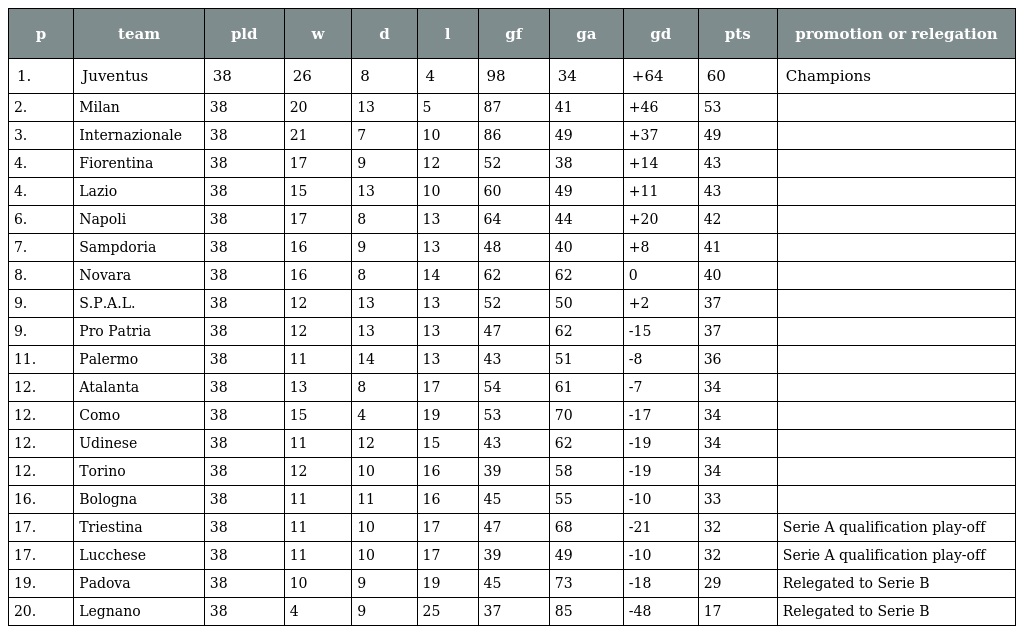
| p | team | pld | w | d | l | gf | ga | gd | pts | promotion or relegation |
 | --- | --- | --- | --- | --- | --- | --- | --- | --- | --- | --- |
 | 1. | Juventus | 38 | 26 | 8 | 4 | 98 | 34 | +64 | 60 | Champions |
 | 2. | Milan | 38 | 20 | 13 | 5 | 87 | 41 | +46 | 53 |  |
 | 3. | Internazionale | 38 | 21 | 7 | 10 | 86 | 49 | +37 | 49 |  |
 | 4. | Fiorentina | 38 | 17 | 9 | 12 | 52 | 38 | +14 | 43 |  |
 | 4. | Lazio | 38 | 15 | 13 | 10 | 60 | 49 | +11 | 43 |  |
 | 6. | Napoli | 38 | 17 | 8 | 13 | 64 | 44 | +20 | 42 |  |
 | 7. | Sampdoria | 38 | 16 | 9 | 13 | 48 | 40 | +8 | 41 |  |
 | 8. | Novara | 38 | 16 | 8 | 14 | 62 | 62 | 0 | 40 |  |
 | 9. | S.P.A.L. | 38 | 12 | 13 | 13 | 52 | 50 | +2 | 37 |  |
 | 9. | Pro Patria | 38 | 12 | 13 | 13 | 47 | 62 | -15 | 37 |  |
 | 11. | Palermo | 38 | 11 | 14 | 13 | 43 | 51 | -8 | 36 |  |
 | 12. | Atalanta | 38 | 13 | 8 | 17 | 54 | 61 | -7 | 34 |  |
 | 12. | Como | 38 | 15 | 4 | 19 | 53 | 70 | -17 | 34 |  |
 | 12. | Udinese | 38 | 11 | 12 | 15 | 43 | 62 | -19 | 34 |  |
 | 12. | Torino | 38 | 12 | 10 | 16 | 39 | 58 | -19 | 34 |  |
 | 16. | Bologna | 38 | 11 | 11 | 16 | 45 | 55 | -10 | 33 |  |
 | 17. | Triestina | 38 | 11 | 10 | 17 | 47 | 68 | -21 | 32 | Serie A qualification play-off |
 | 17. | Lucchese | 38 | 11 | 10 | 17 | 39 | 49 | -10 | 32 | Serie A qualification play-off |
 | 19. | Padova | 38 | 10 | 9 | 19 | 45 | 73 | -18 | 29 | Relegated to Serie B |
 | 20. | Legnano | 38 | 4 | 9 | 25 | 37 | 85 | -48 | 17 | Relegated to Serie B |